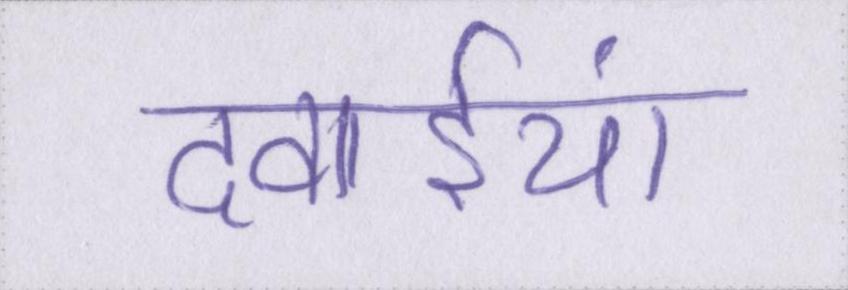
दवाईयां